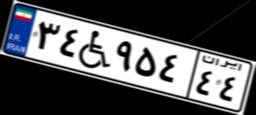
۹۰W۴۲۸۸۶